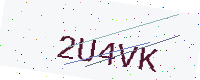
Text: 2U4VK